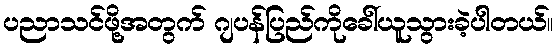
ပညာသင်ဖို့အတွက် ဂျပန်ပြည်ကိုခေါ်ယူသွားခဲ့ပါတယ်။